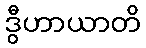
ဒွီဟာယာတိ